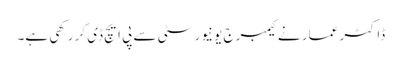
ڈاکٹر عمار نے کیمبرج یونیورسٹی سے پی ایچ ڈی کر رکھی ہے۔